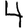
Digit: 4